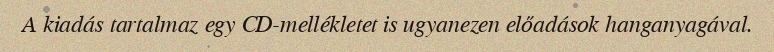
A kiadás tartalmaz egy CD-mellékletet is ugyanezen előadások hanganyagával.